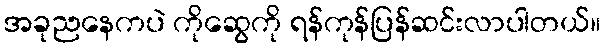
အခုညနေကပဲ ကိုဆွေကို ရန်ကုန်ပြန်ဆင်းလာပါတယ်။